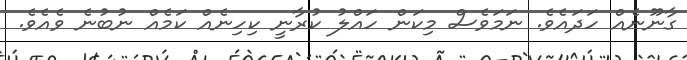
ގާނޫނެއް ހަދައެވެ. ނަމަވެސް މިކަން ހައްލު ކުރާނީ ކިހިނެއް ކަމެއް ނުބުނެ ވެއެވެ.